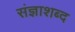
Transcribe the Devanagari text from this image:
संज्ञाशब्द